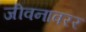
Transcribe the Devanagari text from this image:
जीवनावरर